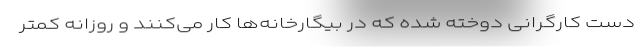
دست کارگرانی دوخته شده که در بیگارخانه‌ها کار می‌کنند و روزانه کمتر